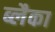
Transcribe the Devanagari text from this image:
ब्लैका